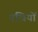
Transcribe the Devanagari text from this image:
पंखियों